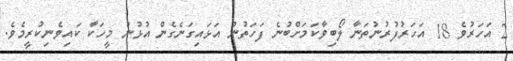
2 އަހަރުވެ 18 އަހަރުފުރުނުތަނާ ލޯބިވާކަމަށްބުނެ ފަހަތުން އަޅައިގަނެގެން އުޅުނު މީހަކާ ކައިވެނިކުރީމެވެ.